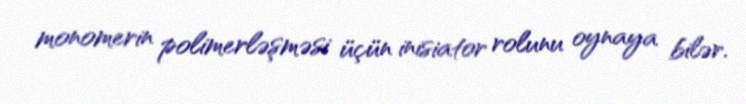
monomerin polimerləşməsi üçün inisiator rolunu oynaya bilər.